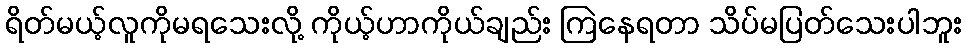
ရိတ်မယ့်လူကိုမရသေးလို့ ကိုယ့်ဟာကိုယ်ချည်း ကြဲနေရတာ သိပ်မပြတ်သေးပါဘူး